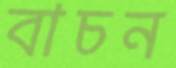
বাচন